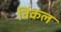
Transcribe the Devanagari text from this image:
विंकल